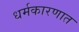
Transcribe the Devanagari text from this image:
धर्मकारणात